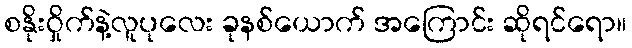
စနိုးဝှိုက်နဲ့လူပုလေး ခုနစ်ယောက် အကြောင်း ဆိုရင်ရော။